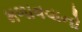
મળાવવાનો